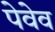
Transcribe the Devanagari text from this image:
पेवेव